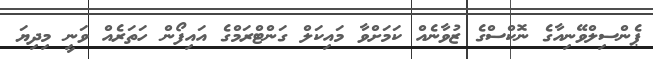
ޕެންސިލްވޭނިއާގެ ނޮކްސްގެ ޒުވާނެއް ކަމަށްވާ މައިކަލްް ގަންޓްރަމްގެ އައިފޯން ހަތަރެއް ވަނީ މިދިޔަ